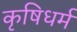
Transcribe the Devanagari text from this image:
कृषिधर्म